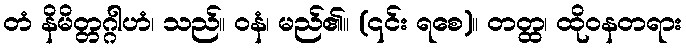
တံ နိမိတ္တဂ္ဂါဟံ၊ သည်။ ဝနံ၊ မည်၏။ (၎င်း ရစေ)။ တတ္ထ၊ ထိုဝနတရား